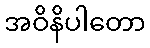
အဝိနိပါတော